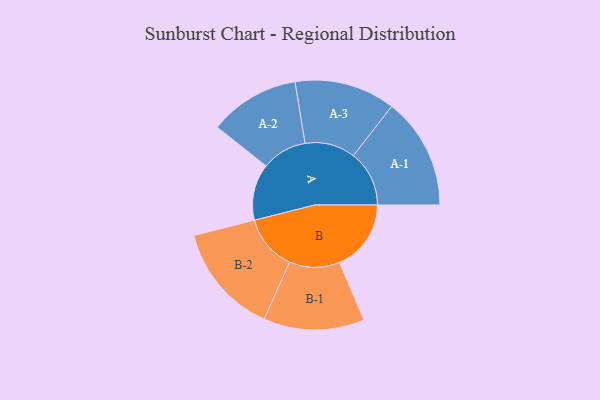
{"axis": {"x": "Segment", "y": "Value"}, "legend": ["", "A", "B"], "data": [{"x": "A", "y": 218, "type": ""}, {"x": "B", "y": 277, "type": ""}, {"x": "A-1", "y": 216, "type": "A"}, {"x": "A-2", "y": 175, "type": "A"}, {"x": "A-3", "y": 195, "type": "A"}, {"x": "B-1", "y": 195, "type": "B"}, {"x": "B-2", "y": 215, "type": "B"}]}